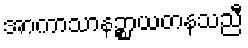
အာကာသာနဉ္စာယတနသညီ